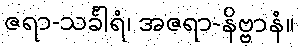
ဇရာ-သင်္ခါရံ၊ အဇရာ-နိဗ္ဗာနံ။